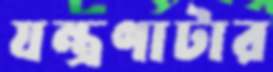
যন্ত্রণাটার